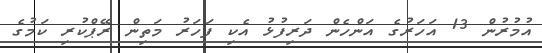
އުމުރުން 13 އަހަރުގެ އަންހެން ދަރިފުޅު އެކި ފަހަރު މަތިން ރޭޕްކުރި ކަމުގެ